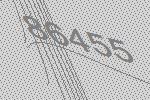
86455